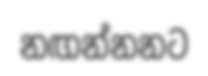
නඟන්නනට